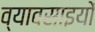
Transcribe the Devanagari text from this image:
व्यावसाइयों